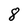
Character: 8